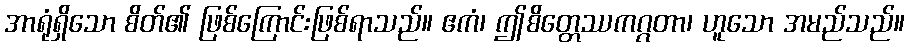
အာရုံရှိသော စိတ်၏ ဖြစ်ကြောင်းဖြစ်ရာသည်။ ဧကံ၊ ဤစိတ္တေဿကဂ္ဂတာ၊ ဟူသော အမည်သည်။